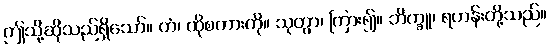
ဤသို့ဆိုသည်ရှိသော်။ တံ၊ ထိုစကားကို။ သုတွာ၊ ကြား၍။ ဘိက္ခူ၊ ရဟန်းတို့သည်။